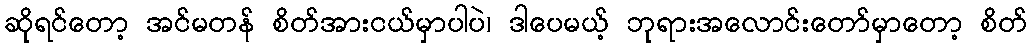
ဆိုရင်တော့ အင်မတန် စိတ်အားငယ်မှာပါပဲ၊ ဒါပေမယ့် ဘုရားအလောင်းတော်မှာတော့ စိတ်